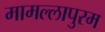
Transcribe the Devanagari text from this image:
मामल्‍लापुरम